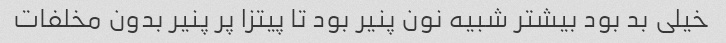
خیلی بد بود بیشتر شبیه نون پنیر بود تا پیتزا پر پنیر بدون مخلفات